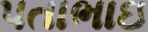
પતાભાઇ